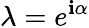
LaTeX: \lambda=e^{\mathbf{i}\alpha}